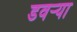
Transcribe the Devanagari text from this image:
डवऱ्या